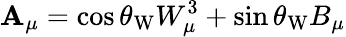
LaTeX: \mathbf{A}_{\mu}=\cos\theta_{\mathrm{{W}}}W_{\mu}^{3}+\sin\theta_{\mathrm{{W}}}B_{\mu}